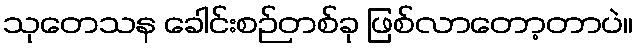
သုတေသန ခေါင်းစဉ်တစ်ခု ဖြစ်လာတော့တာပဲ။